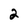
Character: 2